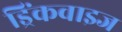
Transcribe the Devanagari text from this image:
ड्रिंकवाइज